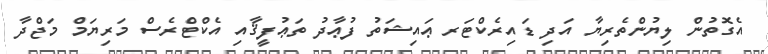
އެގޮތުން ލިޔުންތެރިޔާ އަދި ޑައިރެކްޓަރ ޢައިޝަތު ފުޢާދު ތަޢުފީޤާއި އެކްޓްރެސް މަރިޔަމް މަޖްދާ